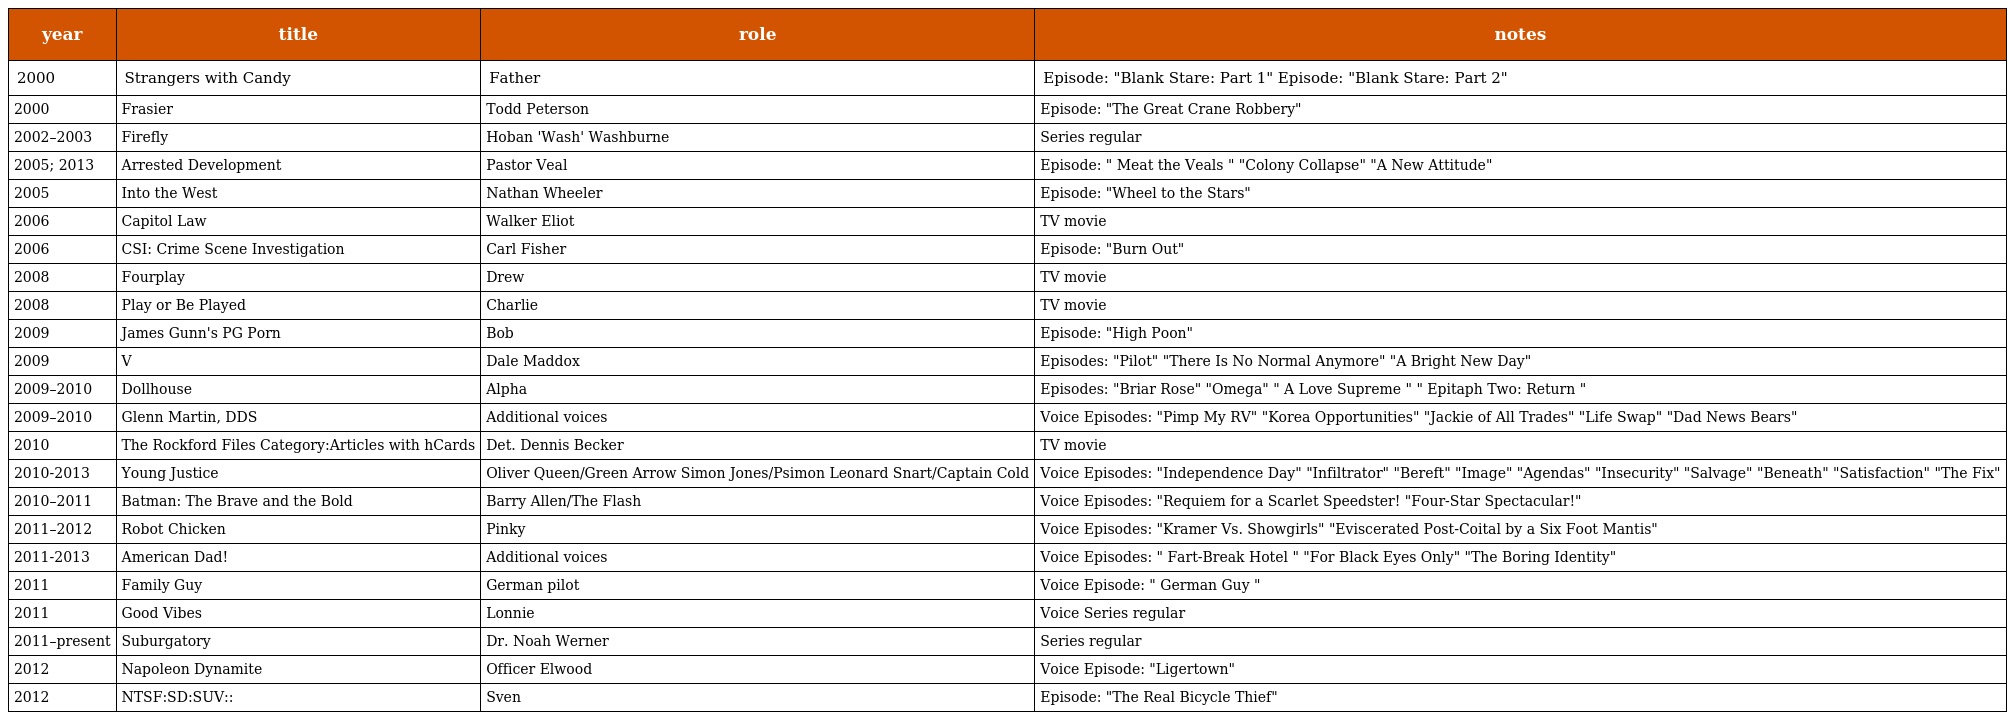
| year | title | role | notes |
 | --- | --- | --- | --- |
 | 2000 | Strangers with Candy | Father | Episode: "Blank Stare: Part 1" Episode: "Blank Stare: Part 2" |
 | 2000 | Frasier | Todd Peterson | Episode: "The Great Crane Robbery" |
 | 2002–2003 | Firefly | Hoban 'Wash' Washburne | Series regular |
 | 2005; 2013 | Arrested Development | Pastor Veal | Episode: " Meat the Veals " "Colony Collapse" "A New Attitude" |
 | 2005 | Into the West | Nathan Wheeler | Episode: "Wheel to the Stars" |
 | 2006 | Capitol Law | Walker Eliot | TV movie |
 | 2006 | CSI: Crime Scene Investigation | Carl Fisher | Episode: "Burn Out" |
 | 2008 | Fourplay | Drew | TV movie |
 | 2008 | Play or Be Played | Charlie | TV movie |
 | 2009 | James Gunn's PG Porn | Bob | Episode: "High Poon" |
 | 2009 | V | Dale Maddox | Episodes: "Pilot" "There Is No Normal Anymore" "A Bright New Day" |
 | 2009–2010 | Dollhouse | Alpha | Episodes: "Briar Rose" "Omega" " A Love Supreme " " Epitaph Two: Return " |
 | 2009–2010 | Glenn Martin, DDS | Additional voices | Voice Episodes: "Pimp My RV" "Korea Opportunities" "Jackie of All Trades" "Life Swap" "Dad News Bears" |
 | 2010 | The Rockford Files Category:Articles with hCards | Det. Dennis Becker | TV movie |
 | 2010-2013 | Young Justice | Oliver Queen/Green Arrow Simon Jones/Psimon Leonard Snart/Captain Cold | Voice Episodes: "Independence Day" "Infiltrator" "Bereft" "Image" "Agendas" "Insecurity" "Salvage" "Beneath" "Satisfaction" "The Fix" |
 | 2010–2011 | Batman: The Brave and the Bold | Barry Allen/The Flash | Voice Episodes: "Requiem for a Scarlet Speedster! "Four-Star Spectacular!" |
 | 2011–2012 | Robot Chicken | Pinky | Voice Episodes: "Kramer Vs. Showgirls" "Eviscerated Post-Coital by a Six Foot Mantis" |
 | 2011-2013 | American Dad! | Additional voices | Voice Episodes: " Fart-Break Hotel " "For Black Eyes Only" "The Boring Identity" |
 | 2011 | Family Guy | German pilot | Voice Episode: " German Guy " |
 | 2011 | Good Vibes | Lonnie | Voice Series regular |
 | 2011–present | Suburgatory | Dr. Noah Werner | Series regular |
 | 2012 | Napoleon Dynamite | Officer Elwood | Voice Episode: "Ligertown" |
 | 2012 | NTSF:SD:SUV:: | Sven | Episode: "The Real Bicycle Thief" |